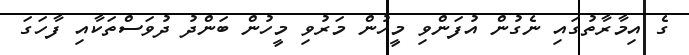
ގެ އިމާރާތުގައި ނެގުން އުފަންވި މީހުން މަރުވި މީހުން ބަންދު ދުވަސްތަކާއި ފާހަގަ